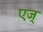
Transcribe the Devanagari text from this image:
एज्